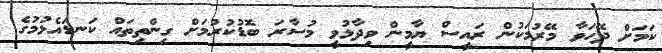
ކަމަށް ދޭހަވާ މޭރުމަކުން ރައީސް ޔާމީން ވިދާޅުވީ މުސާރަ ބޮޑުކުރުމަށް ގިންތިތައް ކަނޑައެޅުމުގެ